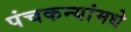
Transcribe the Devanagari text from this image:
पंचकन्यांमधे